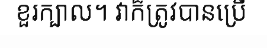
ខួរក្បាល។ វាក៏ត្រូវបានប្រើ